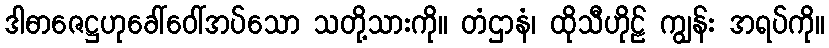
ဒါဓာဇေဋ္ဌဟုခေါ်ဝေါ်အပ်သော သတို့သားကို။ တံဌာနံ၊ ထိုသီဟိုဠ် ကျွန်း အရပ်ကို။